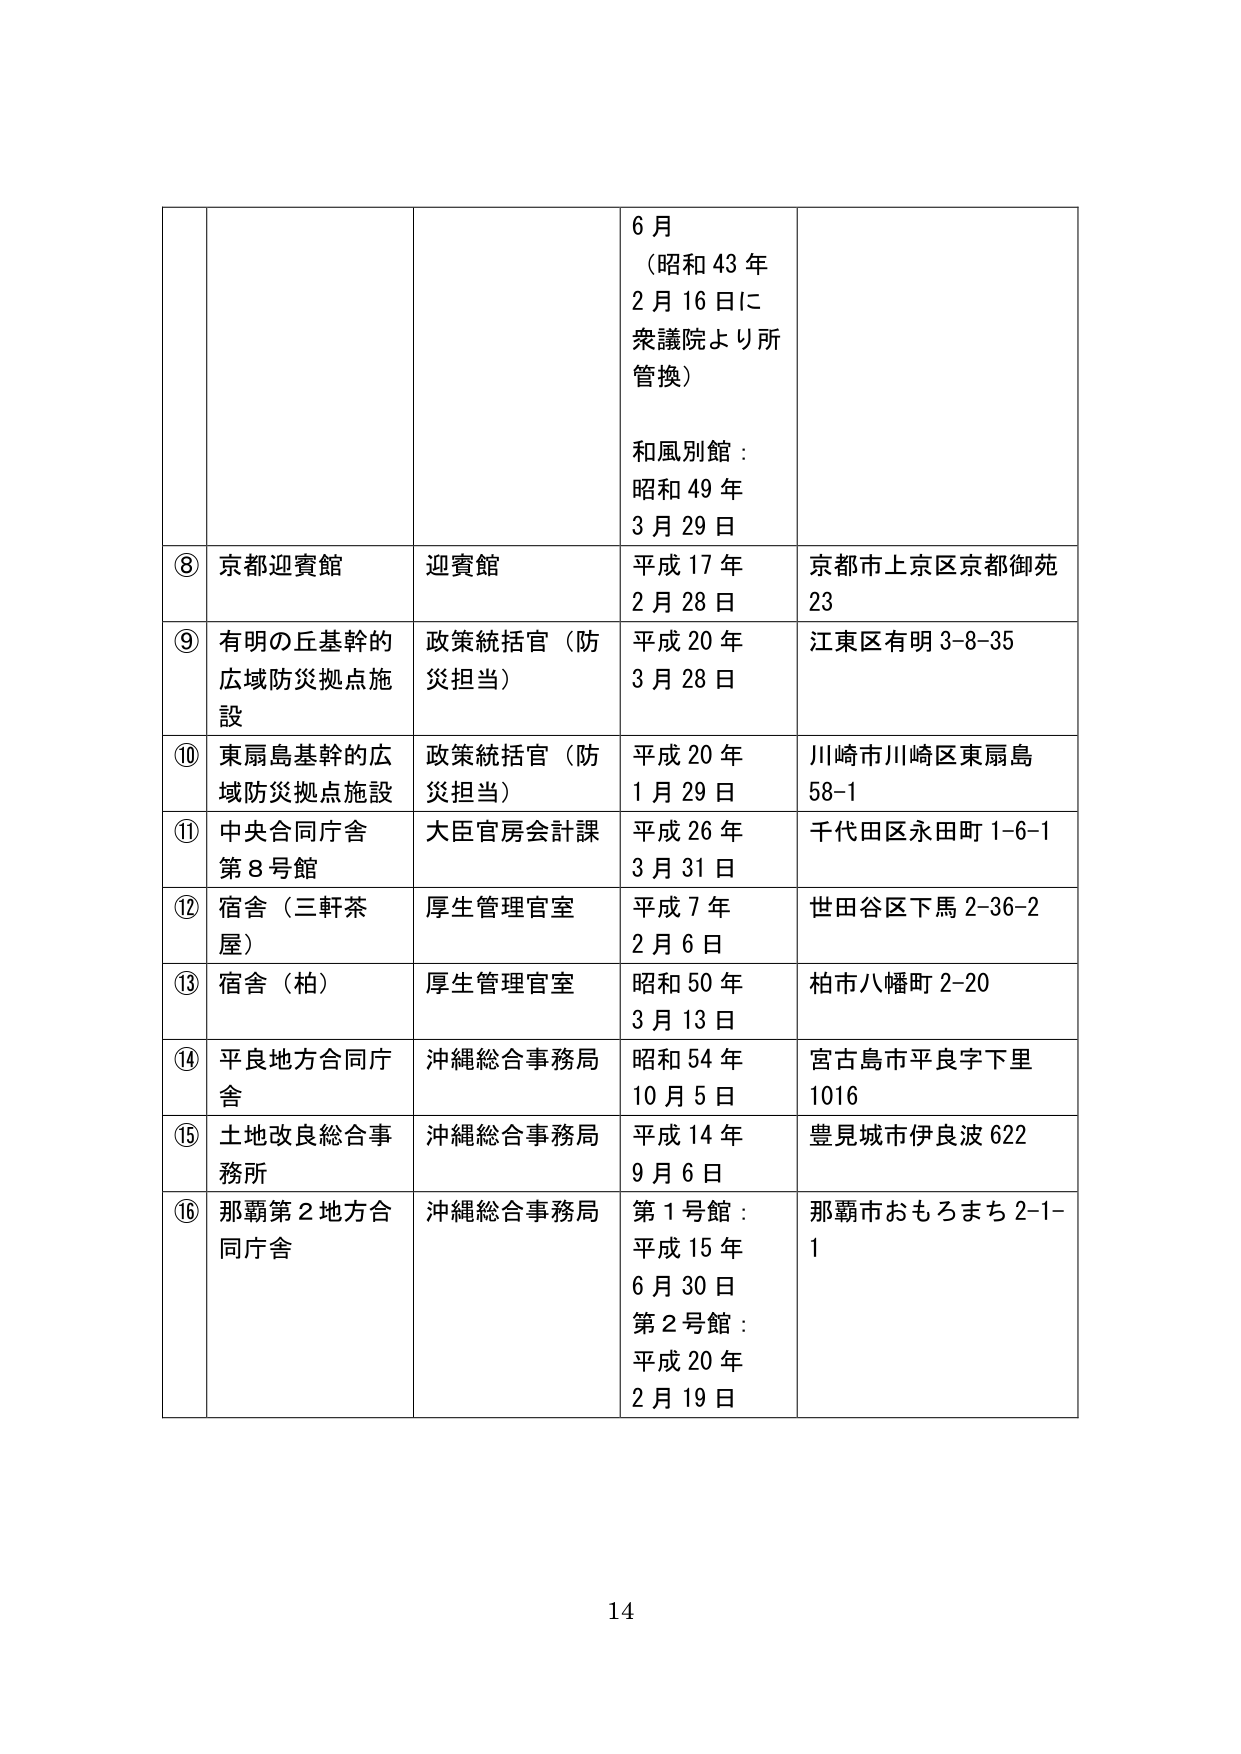
6月
（昭和43年
2月16日に
衆議院より所
管換）

和風別館：
昭和49年
3月29日

⑧ 京都迎賓館
迎賓館
平成17年
2月28日
京都市上京区京都御苑23

⑨ 有明の丘基幹的
広域防災拠点施設
政策統括官（防災担当）
平成20年
3月28日
江東区有明3-8-35

⑩ 東扇島基幹的広
域防災拠点施設
政策統括官（防災担当）
平成20年
1月29日
川崎市川崎区東扇島58-1

⑪ 中央合同庁舎
第8号館
大臣官房会計課
平成26年
3月31日
千代田区永田町1-6-1

⑫ 宿舎（三軒茶屋）
厚生管理官室
平成7年
2月6日
世田谷区下馬2-36-2

⑬ 宿舎（柏）
厚生管理官室
昭和50年
3月13日
柏市八幡町2-20

⑭ 平良地方合同庁舎
沖縄総合事務局
昭和54年
10月5日
宮古島市平良字下里1016

⑮ 土地改良総合事務所
沖縄総合事務局
平成14年
9月6日
豊見城市伊良波622

⑯ 那覇第2地方合同庁舎
沖縄総合事務局
第1号館：
平成15年
6月30日
第2号館：
平成20年
2月19日
那覇市おもろまち2-1-1

14